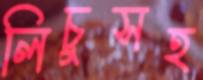
লিচুসহ